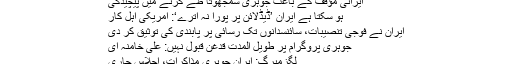
ایرانی مؤقف کے باعث جوہری سمجھوتا طے کرنے میں پیچیدگی
ہو سکتا ہے ایران ’ڈیڈلائن پر پورا نہ اترے‘: امریکی اہل کار
ایران نے فوجی تنصیبات، سائنسدانوں تک رسائی پر پابندی کی توثیق کر دی
جوہری پروگرام پر طویل المدت قدغن قبول نہیں: علی خامنہ ای
لگزمبرگ: ایران جوہری مذاکرات، اجلاس جاری